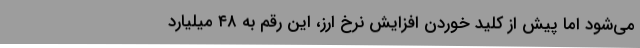
می‌شود اما پیش از کلید خوردن افزایش نرخ ارز، این رقم به ۴۸ میلیارد